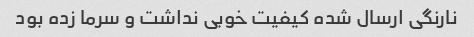
نارنگی ارسال شده کیفیت خوبی نداشت و سرما زده بود